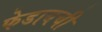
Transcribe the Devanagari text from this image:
फेडायची